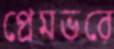
প্রেমভরে